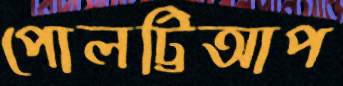
পোলট্টিআপ